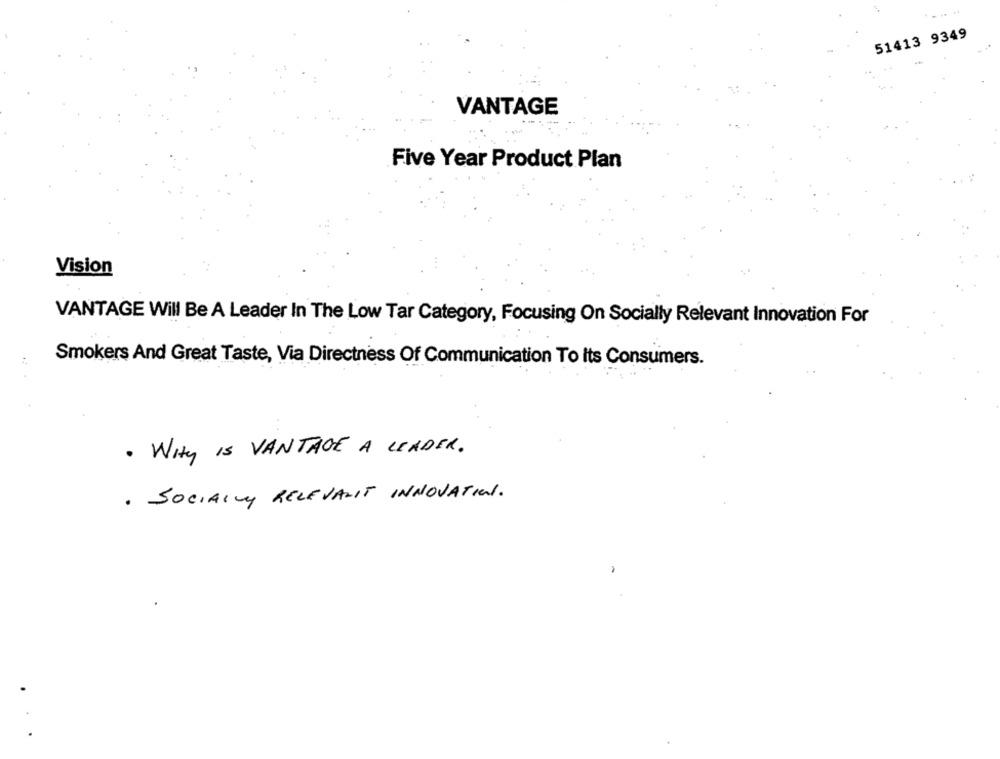
51413 9349
VANTAGE
Five Year Product Plan
Vision
VANTAGE Will Be A Leader In The Low Tar Category, Focusing On Socially Relevant Innovation For
Smokers And Great Taste, Via Directness Of Communication To its Consumers.
. WHY IS VANTAGE A LEADER .
· SOCIALLY RELEVANT INNOVATION.